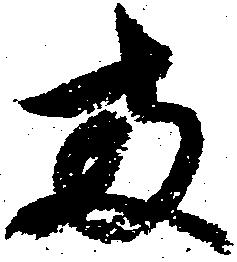
両